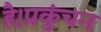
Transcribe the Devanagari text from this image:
है।प्रकुंचन